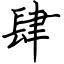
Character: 肆